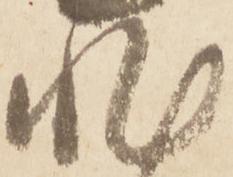
非